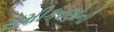
સમીકરણોની